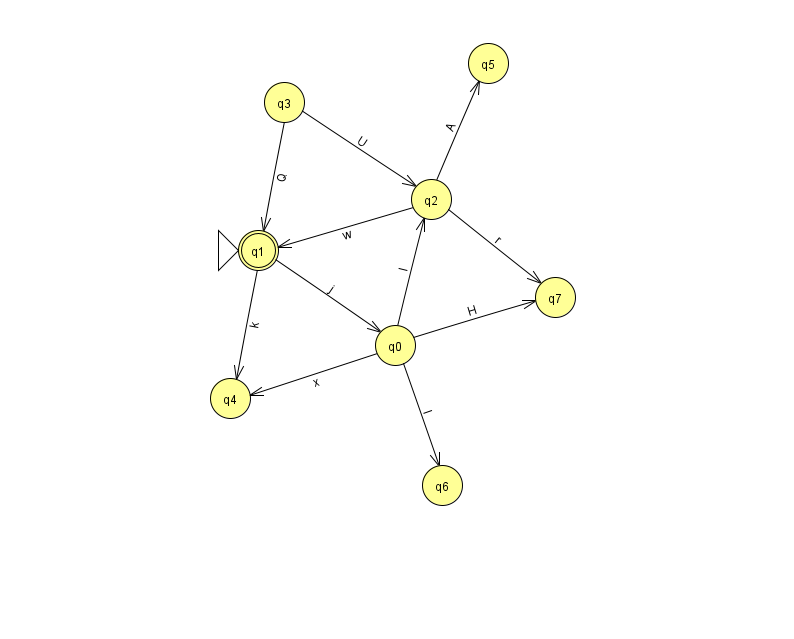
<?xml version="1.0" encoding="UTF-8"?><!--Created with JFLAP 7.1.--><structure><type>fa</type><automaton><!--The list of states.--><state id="0" name="q0"><x>395.0</x><y>332.0</y></state><state id="1" name="q1"><x>258.0</x><y>237.0</y><initial/><final/></state><state id="2" name="q2"><x>431.0</x><y>186.0</y></state><state id="3" name="q3"><x>284.0</x><y>89.0</y></state><state id="4" name="q4"><x>230.0</x><y>385.0</y></state><state id="5" name="q5"><x>488.0</x><y>50.0</y></state><state id="6" name="q6"><x>442.0</x><y>472.0</y></state><state id="7" name="q7"><x>555.0</x><y>284.0</y></state><!--The list of transitions.--><transition><from>0</from><to>2</to><read>I</read></transition><transition><from>1</from><to>0</to><read>j</read></transition><transition><from>0</from><to>4</to><read>x</read></transition><transition><from>2</from><to>7</to><read>r</read></transition><transition><from>0</from><to>7</to><read>H</read></transition><transition><from>2</from><to>1</to><read>w</read></transition><transition><from>2</from><to>5</to><read>A</read></transition><transition><from>3</from><to>2</to><read>U</read></transition><transition><from>0</from><to>6</to><read>I</read></transition><transition><from>1</from><to>4</to><read>k</read></transition><transition><from>3</from><to>1</to><read>Q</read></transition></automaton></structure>